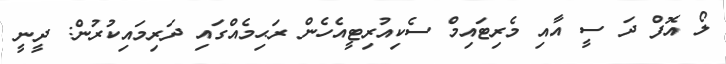
ލޯ އޮފް ދަ ސީ އާއި މެރިޓައިމް ސެކިއުރިޓީއެހެން ރަޙިމެއްގައި ދަރިމައިކުރުން: ދީނީ